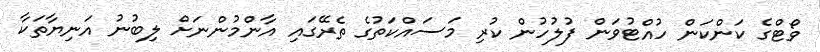
ވޯޓްގެ ކަންކަން ހުއްޓުވަން ފުލުހުން ކުރި މަސައްކަތުގެ ތެރޭގައި އާންމުންނަށް ލިބުނު އަނިޔާތަކާ